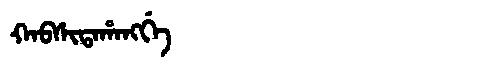
Manchu: ᡴᠠᠪᠰᡳᡨᠠᡥᠠᠩᡤᡝ
Romanization: KABSITAHANGGE